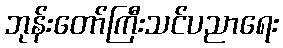
ဘုန်းတော်ကြီးသင်ပညာရေး